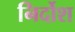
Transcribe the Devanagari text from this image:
निर्दोश